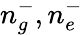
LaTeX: n_{g}^{-},n_{e}^{-}